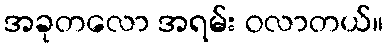
အခုတလော အရမ်း ဝလာတယ်။